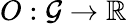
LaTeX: O:\mathcal{G}\rightarrow\mathbb{R}